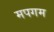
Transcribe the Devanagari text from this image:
मपगम